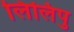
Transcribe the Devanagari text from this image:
लिलिपु